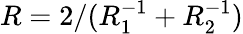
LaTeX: R=2/(R_{1}^{-1}+R_{2}^{-1})